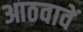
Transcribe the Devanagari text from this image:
आठवावें